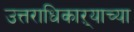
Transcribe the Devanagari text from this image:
उत्तराधिकाऱ्याच्या